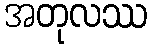
အတုလဿ